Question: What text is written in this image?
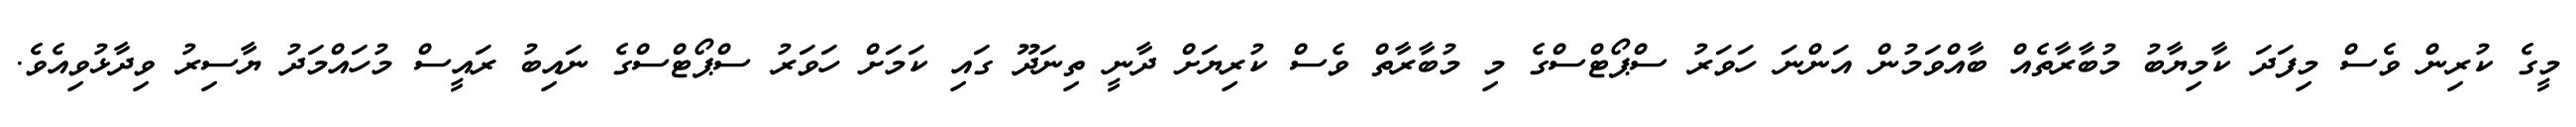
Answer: މީގެ ކުރިން ވެސް މިފަދަ ކާމިޔާބު މުބާރާތެއް ބާއްވަމުން އަންނަ ހަވަރު ސްޕޯޓްސްގެ މި މުބާރާތް ވެސް ކުރިޔަށް ދާނީ ތިނަދޫ ގައި ކަމަށް ހަވަރު ސްޕޯޓްސްގެ ނައިބު ރައީސް މުހައްމަދު ޔާސިރު ވިދާޅުވިއެވެ.